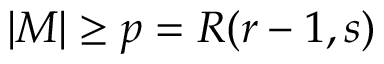
| M | \geq p = R ( r - 1 , s )